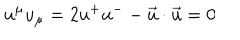
u ^ { \mu } u _ { \mu } = 2 u ^ { + } u ^ { - } - \vec { u } \cdot \vec { u } = 0